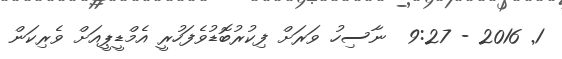
1